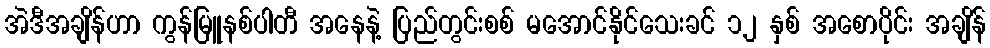
အဲဒီအချိန်ဟာ ကွန်မြူနစ်ပါတီ အနေနဲ့ ပြည်တွင်းစစ် မအောင်နိုင်သေးခင် ၁၂ နှစ် အစောပိုင်း အချိန်